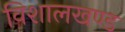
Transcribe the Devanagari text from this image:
विशालखण्ड